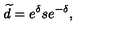
\widetilde { d } = e ^ { \delta } s e ^ { - \delta } ,